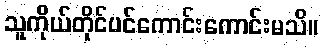
သူကိုယ်တိုင်ပင်ကောင်းကောင်းမသိ။